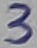
Text: 3